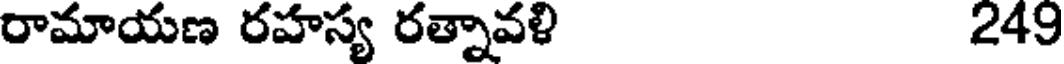
రామాయణ రహస్య రత్నావళి 249